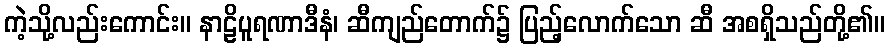
ကဲ့သို့လည်းကောင်း။ နာဠိပူရဏာဒီနံ၊ ဆီကျည်တောက်၌ ပြည့်လောက်သော ဆီ အစရှိသည်တို့၏။